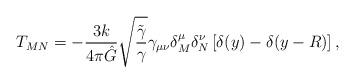
LaTeX: \begin{align*}T_{MN} = -\frac{3k}{4\pi \hat G} \sqrt{\frac{\tilde \gamma}{\gamma}} \gamma_{\mu\nu} \delta^\mu_M \delta^\nu_N \left[\delta (y) - \delta (y-R) \right],\end{align*}